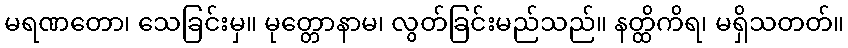
မရဏတော၊ သေခြင်းမှ။ မုတ္တောနာမ၊ လွတ်ခြင်းမည်သည်။ နတ္ထိကိရ၊ မရှိသတတ်။